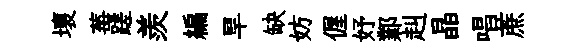
壞莓蹉羨編旱缺妨偓妤鄴赳晶唱蔗